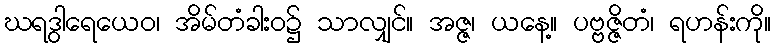
ဃရဒွါရေယေဝ၊ အိမ်တံခါးဝ၌ သာလျှင်။ အဇ္ဇ၊ ယနေ့။ ပဗ္ဗဇ္ဇိတံ၊ ရဟန်းကို။